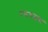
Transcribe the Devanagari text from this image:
रमगढवा